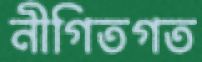
নীগিতগত